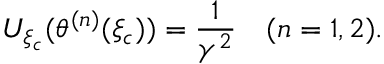
U _ { \xi _ { c } } ( \theta ^ { ( n ) } ( \xi _ { c } ) ) = \frac { 1 } { \gamma ^ { 2 } } \quad ( n = 1 , 2 ) .